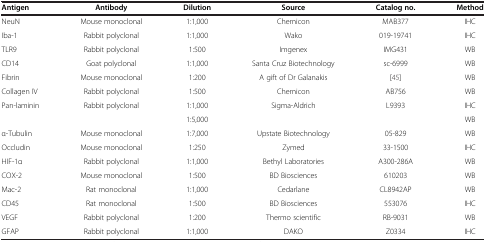
| Antigen | Antibody | Dilution | Source | Catalog no. | Method |
 | --- | --- | --- | --- | --- | --- |
 | NeuN | Mouse monoclonal | 1:1,000 | Chemicon | MAB377 | IHC |
 | Iba-1 | Rabbit polyclonal | 1:1,000 | Wako | 019-19741 | IHC |
 | TLR9 | Rabbit polyclonal | 1:500 | Imgenex | IMG431 | WB |
 | CD14 | Goat polyclonal | 1:1,000 | Santa Cruz Biotechnology | sc-6999 | WB |
 | Fibrin | Mouse monoclonal | 1:200 | A gift of Dr Galanakis | [45] | WB |
 | Collagen IV | Rabbit polyclonal | 1:500 | Chemicon | AB756 | WB |
 | Pan-laminin | Rabbit polyclonal | 1:1,000 | Sigma-Aldrich | L9393 | IHC |
 |  |  | 1:5,000 |  |  | WB |
 | α-Tubulin | Mouse monoclonal | 1:7,000 | Upstate Biotechnology | 05-829 | WB |
 | Occludin | Mouse monoclonal | 1:250 | Zymed | 33-1500 | IHC |
 | HIF-1α | Rabbit polyclonal | 1:1,000 | Bethyl Laboratories | A300-286A | WB |
 | COX-2 | Mouse monoclonal | 1:500 | BD Biosciences | 610203 | WB |
 | Mac-2 | Rat monoclonal | 1:1,000 | Cedarlane | CL8942AP | WB |
 | CD45 | Rat monoclonal | 1:500 | BD Biosciences | 553076 | IHC |
 | VEGF | Rabbit polyclonal | 1:200 | Thermo scientific | RB-9031 | WB |
 | GFAP | Rabbit polyclonal | 1:1,000 | DAKO | Z0334 | IHC |